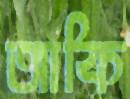
আকি